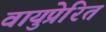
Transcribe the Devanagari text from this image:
वायुप्रेरित